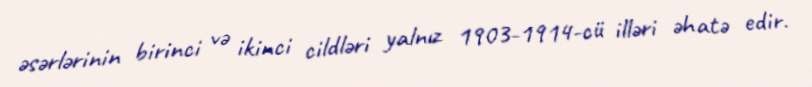
əsərlərinin birinci və ikinci cildləri yalnız 1903-1914-cü illəri əhatə edir.